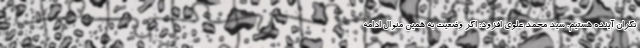
نگران آینده هستیم. سید محمد علوی افزود: اگر وضعیت به همین منوال ادامه